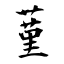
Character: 蓳